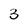
Character: 3